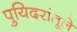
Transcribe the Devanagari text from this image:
पुयिदरांतूले